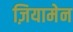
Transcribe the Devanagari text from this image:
ज़ियामेन